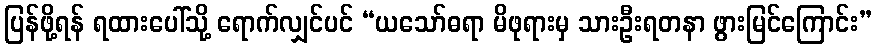
ပြန်ဖို့ရန် ရထားပေါ်သို့ ရောက်လျှင်ပင် “ယသော်ဓရာ မိဖုရားမှ သားဦးရတနာ ဖွားမြင်ကြောင်း”